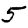
Digit: 5